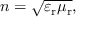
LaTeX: n = { \sqrt { \varepsilon _ { \mathrm { r } } \mu _ { \mathrm { r } } } } ,